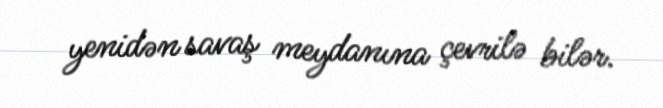
yenidən savaş meydanına çevrilə bilər.